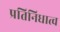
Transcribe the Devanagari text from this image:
प्रतिनिधात्व